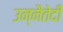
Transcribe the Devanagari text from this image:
उन्नैतेदी